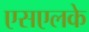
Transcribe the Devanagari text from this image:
एसएलके